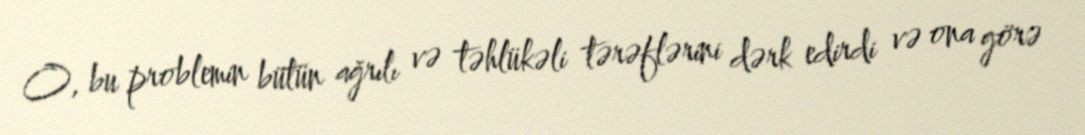
O, bu problemin bütün ağrılı və təhlükəli tərəflərini dərk edirdi və ona görə